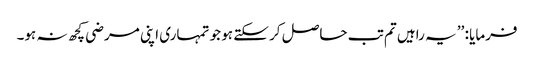
فرمایا : ’’ یہ راہیں تم تب حاصل کر سکتے ہو جو تمہاری اپنی مرضی کچھ نہ ہو۔